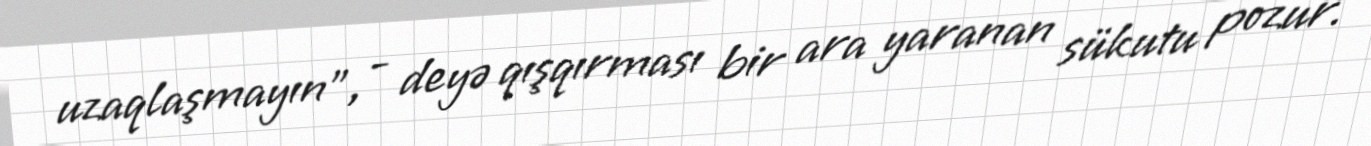
uzaqlaşmayın”, - deyə qışqırması bir ara yaranan sükutu pozur.